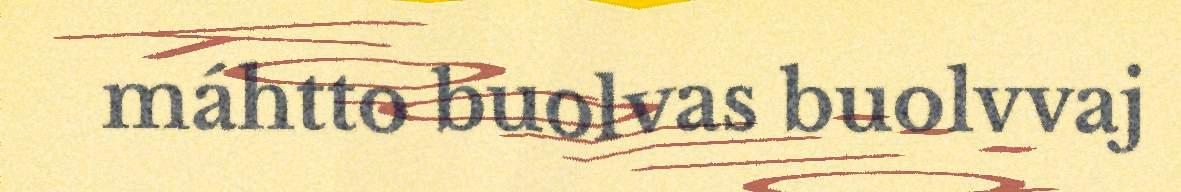
máhtto buolvas buolvvaj